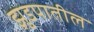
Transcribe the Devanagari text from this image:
झुडपातील